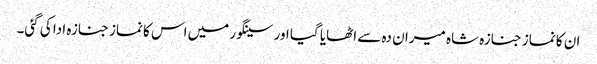
ان کا نماز جنازہ شاہ میران دہ سے اٹھایا گیا اور سینگور میں اس کا نماز جنازہ ادا کی گئی۔